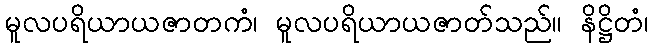
မူလပရိယာယဇာတကံ၊ မူလပရိယာယဇာတ်သည်။ နိဋ္ဌိတံ၊